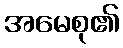
အမေစု၏